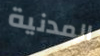
المدنية